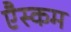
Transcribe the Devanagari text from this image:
एैस्कम